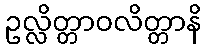
ဥလ္လိတ္တာဝလိတ္တာနိ